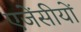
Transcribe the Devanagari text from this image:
एजेंसीयों